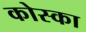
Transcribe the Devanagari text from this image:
कोस्का